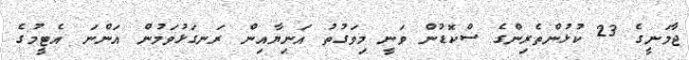
ޖާމަނީގެ 23 ކުޅުންތެރިންގެ ސްކޮޑުން ވަނީ މިވަގުތު އަނިޔާއިން ރަނގަޅުވަމުން އަންނަ އެޓީމުގެ